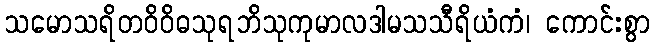
သမောသရိတဝိဝိဓသုရဘိသုကုမာလဒါမသသီရိယံကံ၊ ကောင်းစွာ